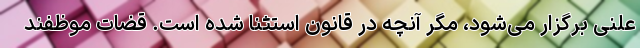
علنی برگزار می‌شود، مگر آنچه در قانون استثنا شده است. قضات موظفند